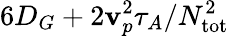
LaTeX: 6D_{G}+2\mathbf{v}_{p}^{2}\tau_{A}/N_{\mathrm{{tot}}}^{2}